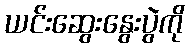
ယင်းဆွေးနွေးပွဲကို